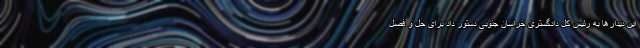
این دیدارها به رئیس کل دادگستری خراسان جنوبی دستور داد برای حل و فصل